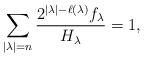
LaTeX: \begin{align*}\sum_{|\lambda|=n}\frac{{2^{|\lambda|-\ell(\lambda)}f_{\lambda}}}{H_{\lambda}} = 1,\end{align*}